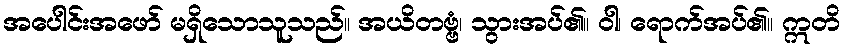
အပေါင်းအဖော် မရှိသောသူသည်။ အယိတဗ္ဗံ၊ သွားအပ်၏။ ဝါ၊ ရောက်အပ်၏။ ဣတိ